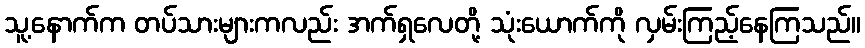
သူ့နောက်က တပ်သားများကလည်း အက်ရှလေတို့ သုံးယောက်ကို လှမ်းကြည့်နေကြသည်။